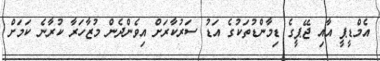
އެމްޑީޕީ އާއި ޖޭޕީގެ ޑިމާންޑުތަކުގެ އަޑު ސަރުކާރަށް އިވެންދެން މުޒާހަރާ ކުރާނެ ކަމަށް